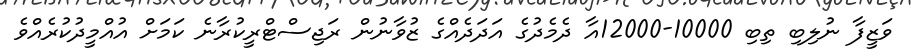
ވަޒީފާ ނުލިބި ތިބި 10000-12000އާ ދެމެދުގެ އަދަދެއްގެ ޒުވާނުން ރަޖިސްޓްރީކުރާނެ ކަމަށް އުއްމީދުކުރެއްވެ